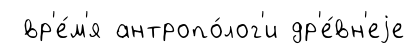
вр'е́м'я антропо́лог'и др'е́вн'еjе